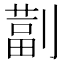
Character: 𫦚